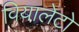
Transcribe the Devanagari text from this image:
वियालेटो